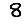
Digit: 8